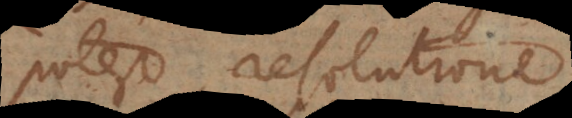
potest, resolutione.